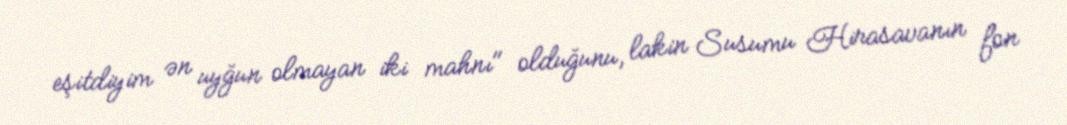
eşitdiyim ən uyğun olmayan iki mahnı" olduğunu, lakin Susumu Hirasavanın fon